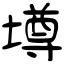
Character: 墫